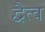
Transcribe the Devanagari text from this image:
द्वैत्व